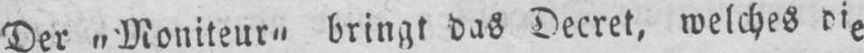
Der „Moniteur“ bringt das Decret, welches die